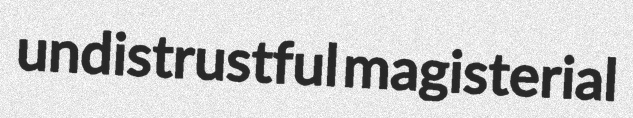
undistrustful magisterial